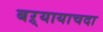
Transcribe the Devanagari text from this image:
बऱ्यायाचदा